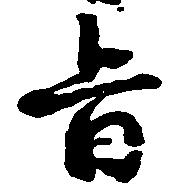
旨